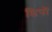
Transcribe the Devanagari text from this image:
डिपों